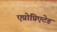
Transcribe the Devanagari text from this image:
एप्रोप्रिएटेड